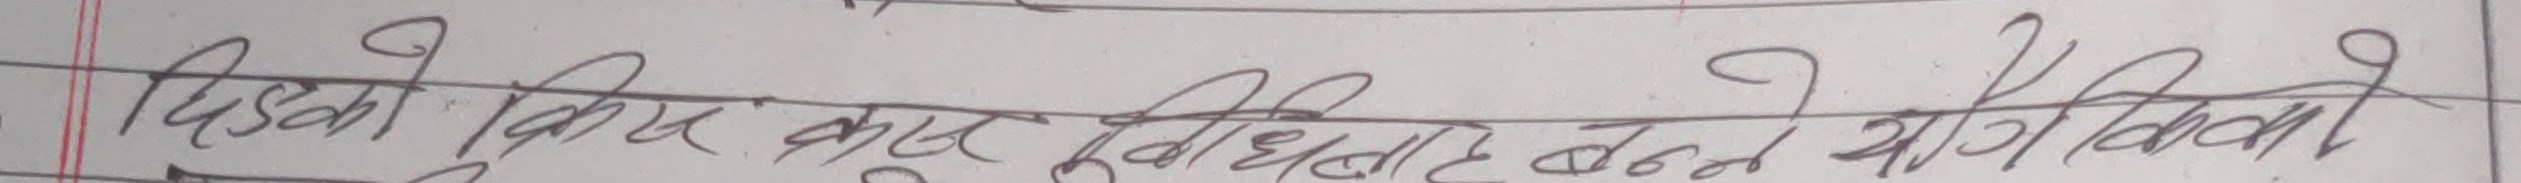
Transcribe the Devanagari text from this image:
डिस्को किस कुन सुविधाट बन्ने योग्तिवानो